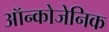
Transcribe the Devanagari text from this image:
ऑन्कोजेनिक